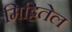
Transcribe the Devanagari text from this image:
मिट्टितेल